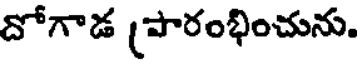
దోగాడ (పారంభించును.